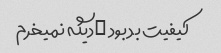
کیفیت بد بود …دیگه نمیخرم